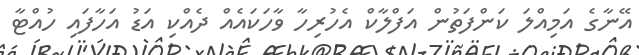
އޭނާގެ އަމިއްލަ ކަންފަތުން އަފްލާކް އެހުރިހާ ވާހަކައެއް ދެއްކި އަޑު އަހާފައި ހުއްޓާ